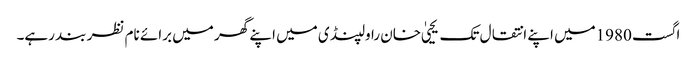
اگست 1980میں اپنے انتقال تک یحییٰ خان راولپنڈی میں اپنے گھر میں برائے نام نظر بند رہے۔